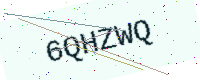
Text: 6QHZWQ